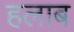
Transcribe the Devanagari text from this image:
हलाब